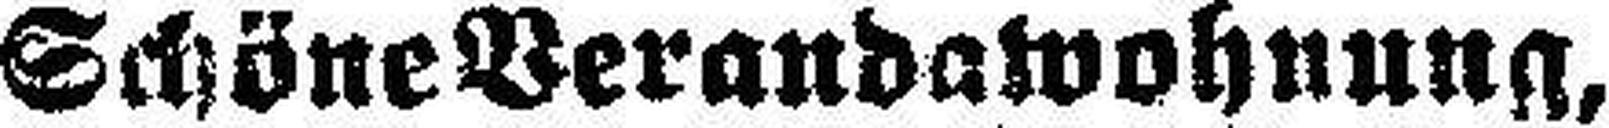
Schöne Verandawohnung,